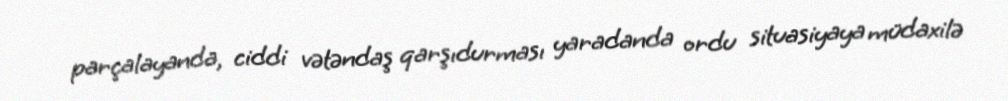
parçalayanda, ciddi vətəndaş qarşıdurması yaradanda ordu situasiyaya müdaxilə